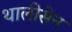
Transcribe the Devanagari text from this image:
थालीसेन